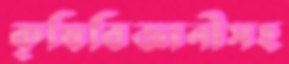
কৃষিবিজ্ঞানীসহ